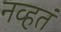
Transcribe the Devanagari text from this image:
नव्‍हतं